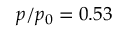
p / p _ { 0 } = 0 . 5 3